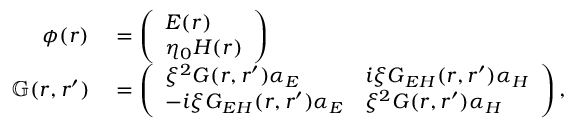
\begin{array} { r l } { \phi ( \boldsymbol { r } ) } & { { } = \left( \begin{array} { l } { \boldsymbol { E } ( \boldsymbol { r } ) } \\ { \eta _ { 0 } \boldsymbol { H } ( \boldsymbol { r } ) } \end{array} \right) } \\ { \mathbb { G } ( \boldsymbol { r } , \boldsymbol { r ^ { \prime } } ) } & { { } = \left( \begin{array} { l l } { \xi ^ { 2 } \boldsymbol { G } ( \boldsymbol { r } , \boldsymbol { r ^ { \prime } } ) \boldsymbol { \alpha } _ { E } } & { i \xi \boldsymbol { G } _ { E H } ( \boldsymbol { r } , \boldsymbol { r ^ { \prime } } ) \boldsymbol { \alpha } _ { H } } \\ { - i \xi \boldsymbol { G } _ { E H } ( \boldsymbol { r } , \boldsymbol { r ^ { \prime } } ) \boldsymbol { \alpha } _ { E } } & { \xi ^ { 2 } \boldsymbol { G } ( \boldsymbol { r } , \boldsymbol { r ^ { \prime } } ) \boldsymbol { \alpha } _ { H } } \end{array} \right) , } \end{array}